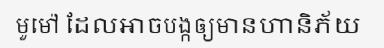
មួម៉ៅ ដែលអាចបង្កឲ្យមានហានិភ័យ